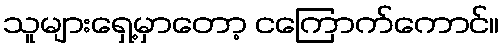
သူများရှေ့မှာတော့ ငကြောက်ကောင်။